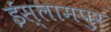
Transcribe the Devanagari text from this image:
ईस्लामपुर